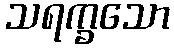
သရက္ခသော